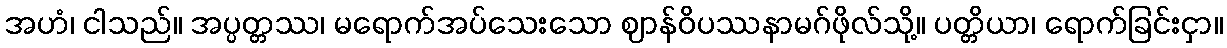
အဟံ၊ ငါသည်။ အပ္ပတ္တဿ၊ မရောက်အပ်သေးသော ဈာန်ဝိပဿနာမဂ်ဖိုလ်သို့။ ပတ္တိယာ၊ ရောက်ခြင်းငှာ။